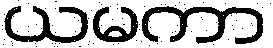
ယမကာ